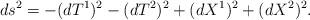
LaTeX: \begin{align*}ds^2 = -(dT^1)^2 -(dT^2)^2 +(dX^1)^2 +(dX^2)^2.\end{align*}